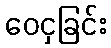
ဝေငှခြင်း